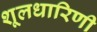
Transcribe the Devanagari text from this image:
शूलधारिणी